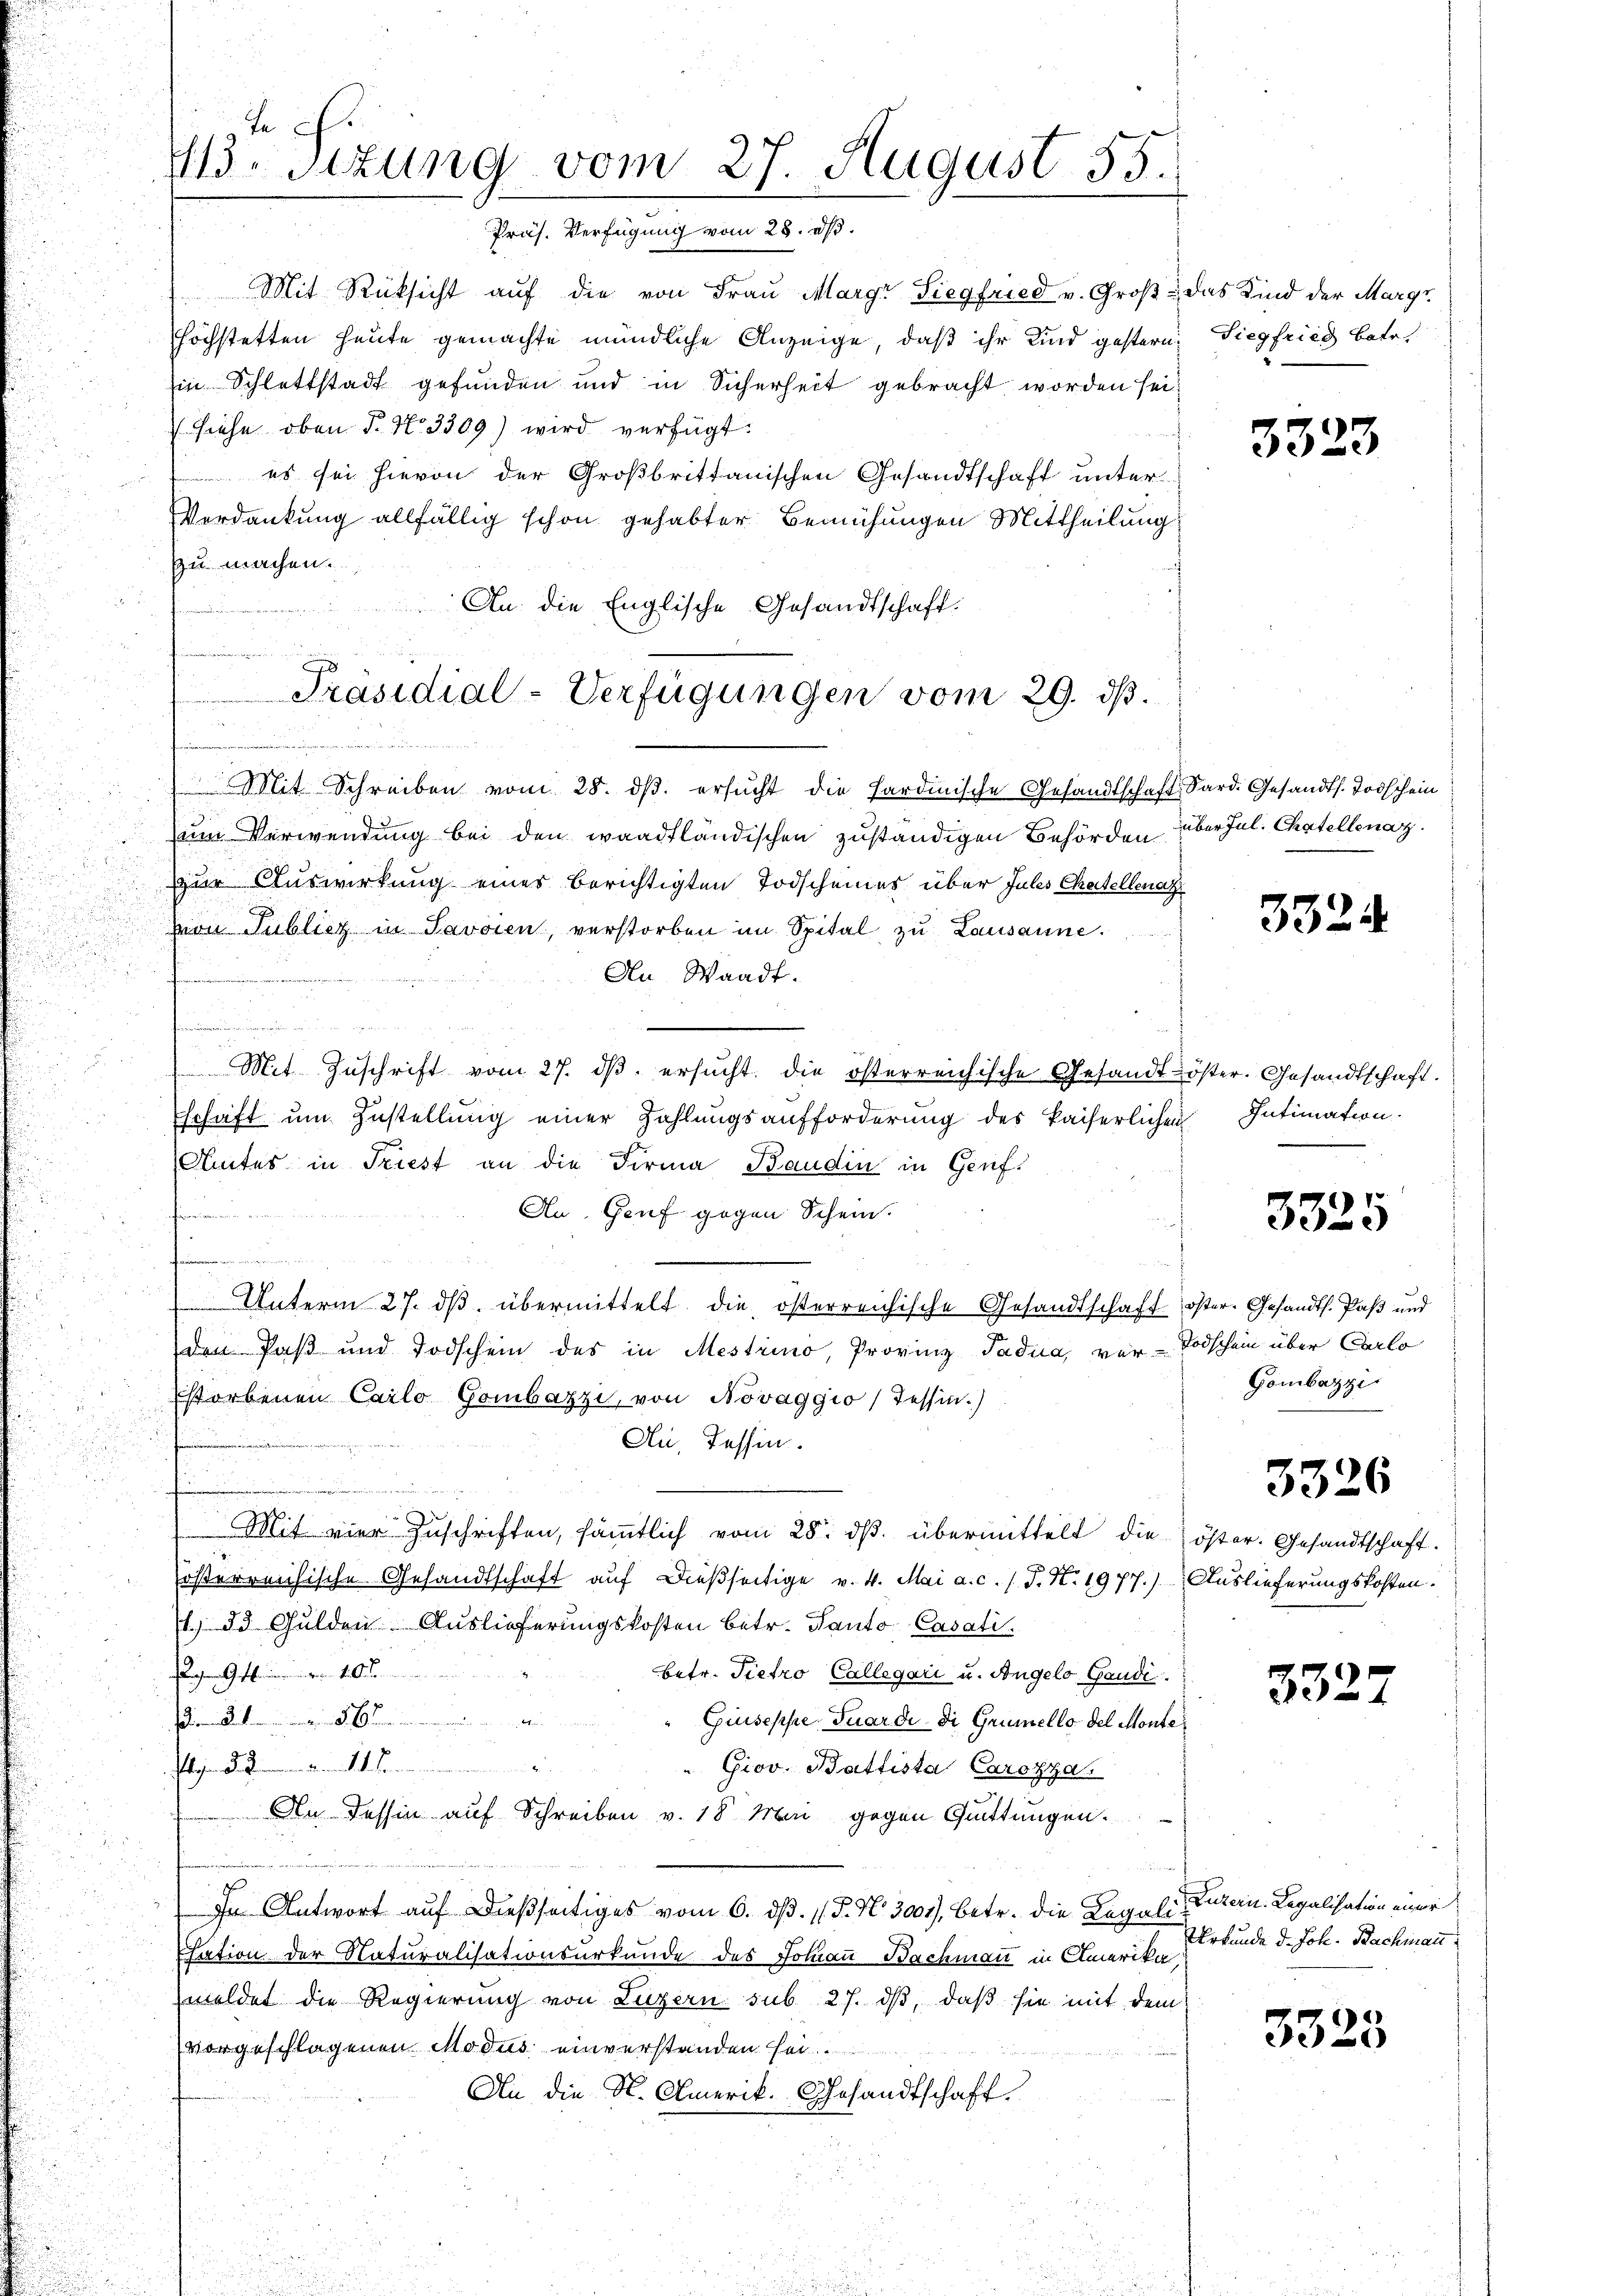
J
413. Sitzung vom 27. August 55.
fügung vom 28. d.

Mit Rücksicht auf die von Frau Margr Siegfried v. Groß & das Kind der Margr
höchstetten heute gemachte mündliche Anzeige, daß ihr Kind gestern, Siegfried betr.
in Schlattstadt gefunden und in Sicherheit gebracht worden sei
siehe oben P. Nr. 3309) wird verfügt:
 es sei hievon der Großbrittanischen Gesandtschaft unter
Verdankung allfällig schon gehabter Bemühungen Mittheilung
zu machen.
An die Englische Gesandtschaft.
Mit Schreiben vom 28. dβ. ersŭcht die Sardinische Gesandtschaft Sard. Gesandts. Todschein
zum Verwendung bei den waadtländischen zuständigen Behörden
zur Auswirkung eines berichtigten Todscheines über Julis Chatellenaz
von Publicz in Javaien, verstorben im Spital zu Lausanne.
An Waadt.
n
u
.
Mit Zŭschrift vom 27. dβ. ersŭcht die österreichische Gesandt öster. Gesandtschaft.
Eschaft um Zustellung einer Zahlungsaufforderung des kaiserlichen Intimation
Amtes in Triest an die Firma Bandin in Genf.
An. Genf gegen Schein.
hen
 den
d
u

Unterm 27. dβ übermittelt die österreichische Gesandtschaft öster. Gesandts. Paß und
den Paß und Todschein des in Mestrino, Provinz Padua, vor- Todschein über Carlo
storbenen Carlo Gombazzi, von Novaggio) Tessin.)
n
Au, Tessin.
n
Mit vier Zuschriften, sämmtlich vom 28. dβ übermittelt die öster. Gesandtschaft.
österreichische Gesandtschaft auf dießseitige v. 4. Mai a. c. l. J. N. 1977.) Auslieferungskosten.
1. 23 Gulden Auslieferungskosten betr. Kanto Casati
g Gebr. 10
betr. Pietro Collegari u. Angelo Gaudi
........
Giuseppe Tuardi di Grunello del Monte
Itblehen A. Sinnen Kommitirten einen

Giov. Battista Carozza.
An Tessin auf Schreiben v. 18 Mai gegen Quittungen.
.
eer we
In Antwort auf dießseitiges vom 6. dß. 15. No 3004), betr. die Legali-Patern. Legalisation einer
u
Etation der Naturalisationsurkunde des Johaṅ Bachmann in Amerika,
meldet die Regierung von Luzern sub 27. dβ, daß sie mit dem
vorgeschlagenen Modus einverstanden sei.
An die N. Amerik. Gesandtschaft.

Präsidial-Verfügungen vom 29. ds.

3323

über Jul. Chatellenaz

332.

.

3325

Gombazzi

3326

3327

Urkunde d. Joh. Bachmann

3325